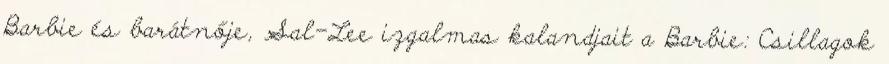
Barbie és barátnője, Sal-Lee izgalmas kalandjait a Barbie: Csillagok